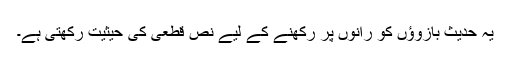
یہ حدیث بازوؤں کو رانوں پر رکھنے کے لیے نص قطعی کی حیثیت رکھتی ہے۔